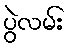
ပွဲလမ်း